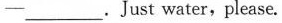
-___Just water,please.